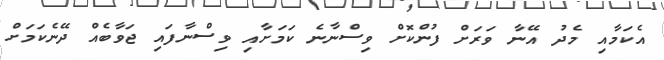
އެކަމާއި މެދު އޭނާ ވަރަށް ފުންކޮށް ވިސްނާނެ ކަމަށާއި ވިސްނާފައި ޖަވާބެއް ދޭނެކަމަށް